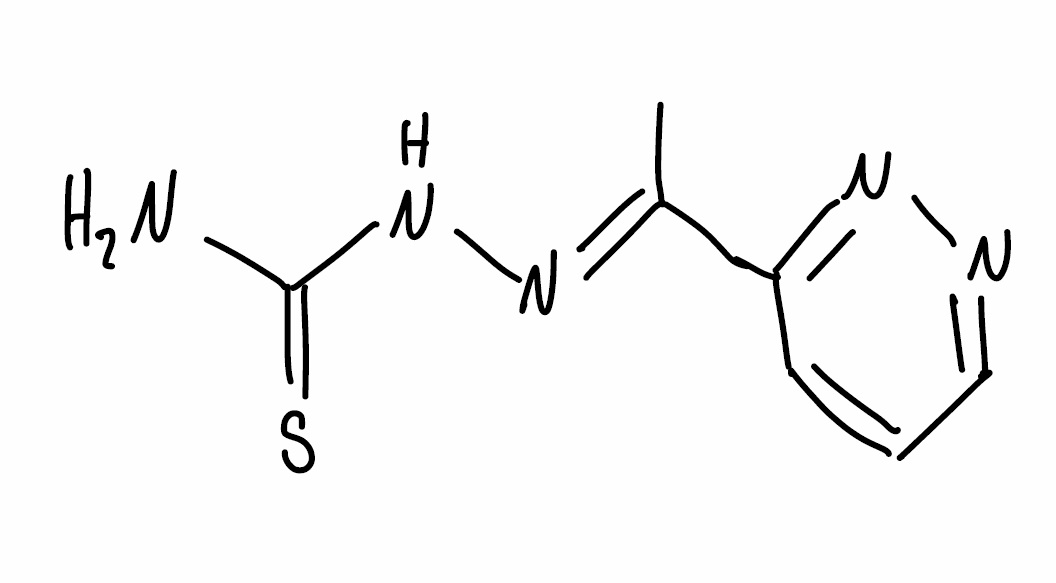
Simplified molecular-input line-entry system (SMILES) notation of the given molecule:
C/C(=N\NC(=S)N)/C1=NN=CC=C1